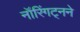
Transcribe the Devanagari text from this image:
नॉरिंगट्नने